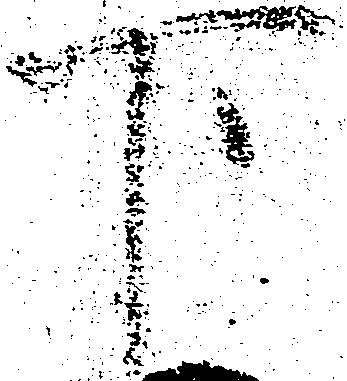
下